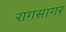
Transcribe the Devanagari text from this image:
रागसागर